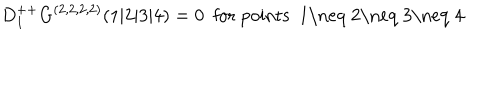
LaTeX: D _ { 1 } ^ { + + } G ^ { ( 2 , 2 , 2 , 2 ) } ( 1 \vert 2 \vert 3 \vert 4 ) = 0 \ \ \mathrm { f o r ~ p o i n t s ~ 1 \neq ~ 2 \neq ~ 3 \neq ~ 4 ~ }